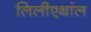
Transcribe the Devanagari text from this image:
लिलीएथांल